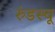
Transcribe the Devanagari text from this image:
रुंडस्चू